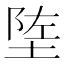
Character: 𬯄